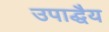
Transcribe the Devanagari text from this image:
उपाद्धैय